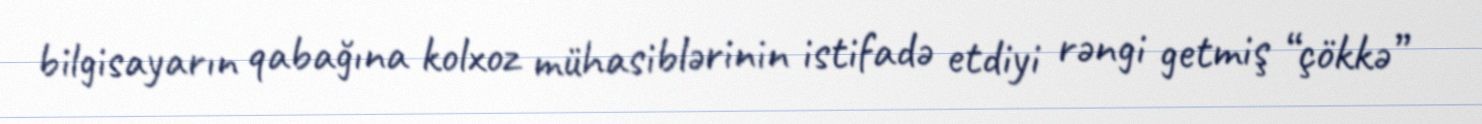
bilgisayarın qabağına kolxoz mühasiblərinin istifadə etdiyi rəngi getmiş “çökkə”